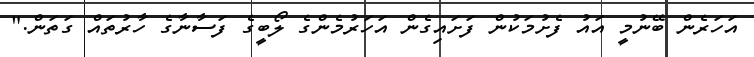
އަހަރެން ބޭނުމީ އައު ފެށުމަކުން ފަށައިގެން އަހަރުމެންގެ ލޯބީގެ ފަސާނާގެ ހާރުތައް ގަތަން."